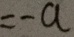
= - a